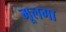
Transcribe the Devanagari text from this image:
मूलगा